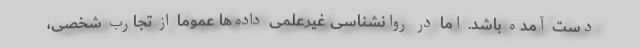
دست آمده باشد. اما در روانشناسی غیرعلمی داده‌ها عموما از تجارب شخصی،